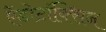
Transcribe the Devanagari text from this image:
ऐंडोटॉक्सिन